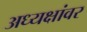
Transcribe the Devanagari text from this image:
अध्यक्षांवर